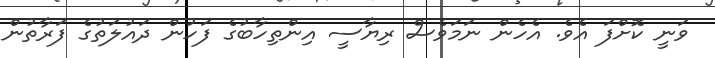
ވަނީ ކޮށްފަ އެވެ. އެހެން ނަމަވެސް ރިޔާސީ އިންތިހާބުގެ ފަހުން ދައުލަތުގެ ފަރާތުން